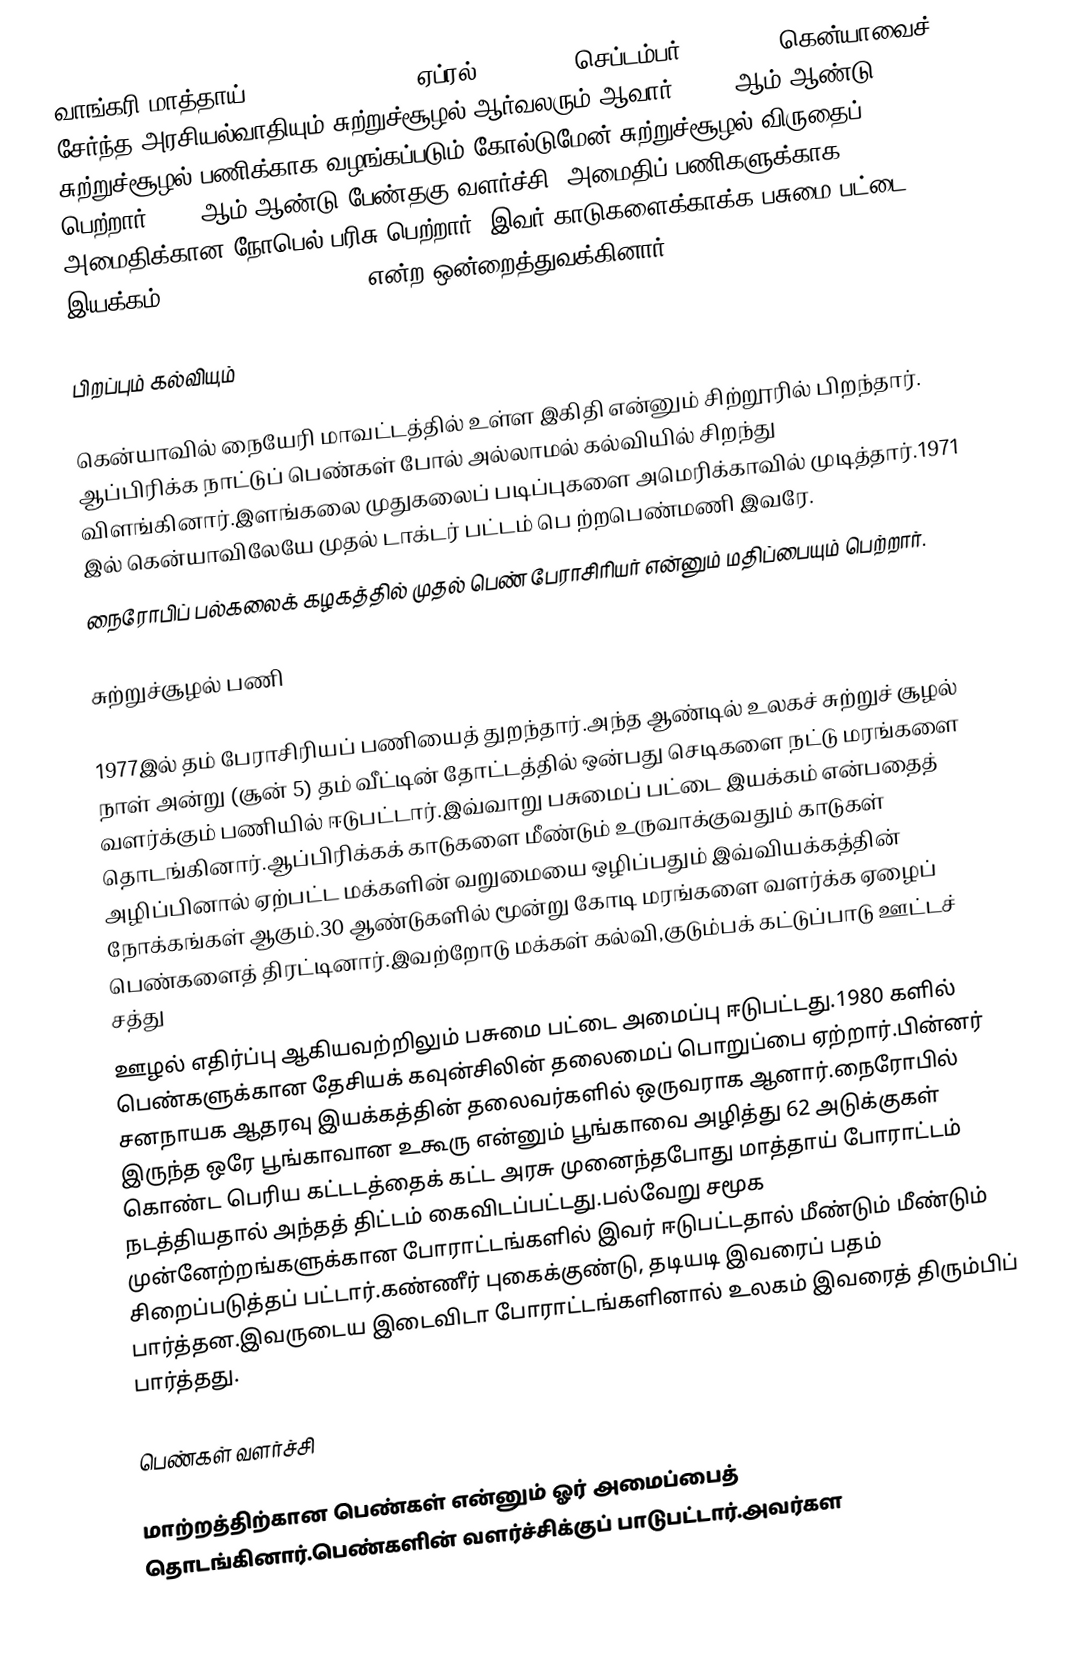
வாங்கரி மாத்தாய் (Wangari Maathai, ஏப்ரல் 1, 1940 - செப்டம்பர் 25, 2011) கென்யாவைச் சேர்ந்த அரசியல்வாதியும் சுற்றுச்சூழல் ஆர்வலரும் ஆவார். 1991 ஆம் ஆண்டு சுற்றுச்சூழல் பணிக்காக வழங்கப்படும் கோல்டுமேன் சுற்றுச்சூழல் விருதைப் பெற்றார். 2004ஆம் ஆண்டு பேண்தகு வளர்ச்சி, அமைதிப் பணிகளுக்காக அமைதிக்கான நோபெல் பரிசு பெற்றார். இவர் காடுகளைக்காக்க பசுமை பட்டை இயக்கம் (Green Belt Movement) என்ற ஒன்றைத்துவக்கினார்.

பிறப்பும் கல்வியும்

கென்யாவில் நையேரி மாவட்டத்தில் உள்ள இகிதி என்னும் சிற்றூரில் பிறந்தார். ஆப்பிரிக்க நாட்டுப் பெண்கள் போல் அல்லாமல் கல்வியில் சிறந்து விளங்கினார்.இளங்கலை முதுகலைப் படிப்புகளை அமெரிக்காவில் முடித்தார்.1971 இல் கென்யாவிலேயே முதல் டாக்டர் பட்டம் பெ ற்றபெண்மணி இவரே.
நைரோபிப் பல்கலைக் கழகத்தில் முதல் பெண் பேராசிரியர் என்னும் மதிப்பையும் பெற்றார்.

சுற்றுச்சூழல் பணி

1977இல் தம் பேராசிரியப் பணியைத் துறந்தார்.அந்த ஆண்டில் உலகச் சுற்றுச் சூழல் நாள் அன்று (சூன் 5) தம் வீட்டின் தோட்டத்தில் ஒன்பது செடிகளை நட்டு மரங்களை வளர்க்கும்  பணியில்  ஈடுபட்டார்.இவ்வாறு பசுமைப் பட்டை இயக்கம் என்பதைத் தொடங்கினார்.ஆப்பிரிக்கக் காடுகளை மீண்டும் உருவாக்குவதும் காடுகள் அழிப்பினால் ஏற்பட்ட மக்களின் வறுமையை ஒழிப்பதும்  இவ்வியக்கத்தின் நோக்கங்கள் ஆகும்.30 ஆண்டுகளில் மூன்று கோடி மரங்களை வளர்க்க ஏழைப் பெண்களைத் திரட்டினார்.இவற்றோடு மக்கள் கல்வி,குடும்பக் கட்டுப்பாடு ஊட்டச் சத்து
ஊழல் எதிர்ப்பு ஆகியவற்றிலும் பசுமை பட்டை அமைப்பு ஈடுபட்டது.1980 களில் பெண்களுக்கான தேசியக் கவுன்சிலின் தலைமைப் பொறுப்பை ஏற்றார்.பின்னர் சனநாயக ஆதரவு இயக்கத்தின் தலைவர்களில் ஒருவராக ஆனார்.நைரோபில் இருந்த ஒரே பூங்காவான உகூரு என்னும் பூங்காவை அழித்து 62 அடுக்குகள் கொண்ட பெரிய கட்டடத்தைக் கட்ட அரசு முனைந்தபோது மாத்தாய் போராட்டம் நடத்தியதால் அந்தத் திட்டம் கைவிடப்பட்டது.பல்வேறு சமூக முன்னேற்றங்களுக்கான போராட்டங்களில் இவர் ஈடுபட்டதால் மீண்டும் மீண்டும் சிறைப்படுத்தப் பட்டார்.கண்ணீர் புகைக்குண்டு, தடியடி இவரைப் பதம் பார்த்தன.இவருடைய இடைவிடா போராட்டங்களினால் உலகம்  இவரைத்  திரும்பிப் பார்த்தது.

பெண்கள் வளர்ச்சி

மாற்றத்திற்கான பெண்கள் என்னும் ஓர் அமைப்பைத் தொடங்கினார்.பெண்களின் வளர்ச்சிக்குப் பாடுபட்டார்.அவர்கள